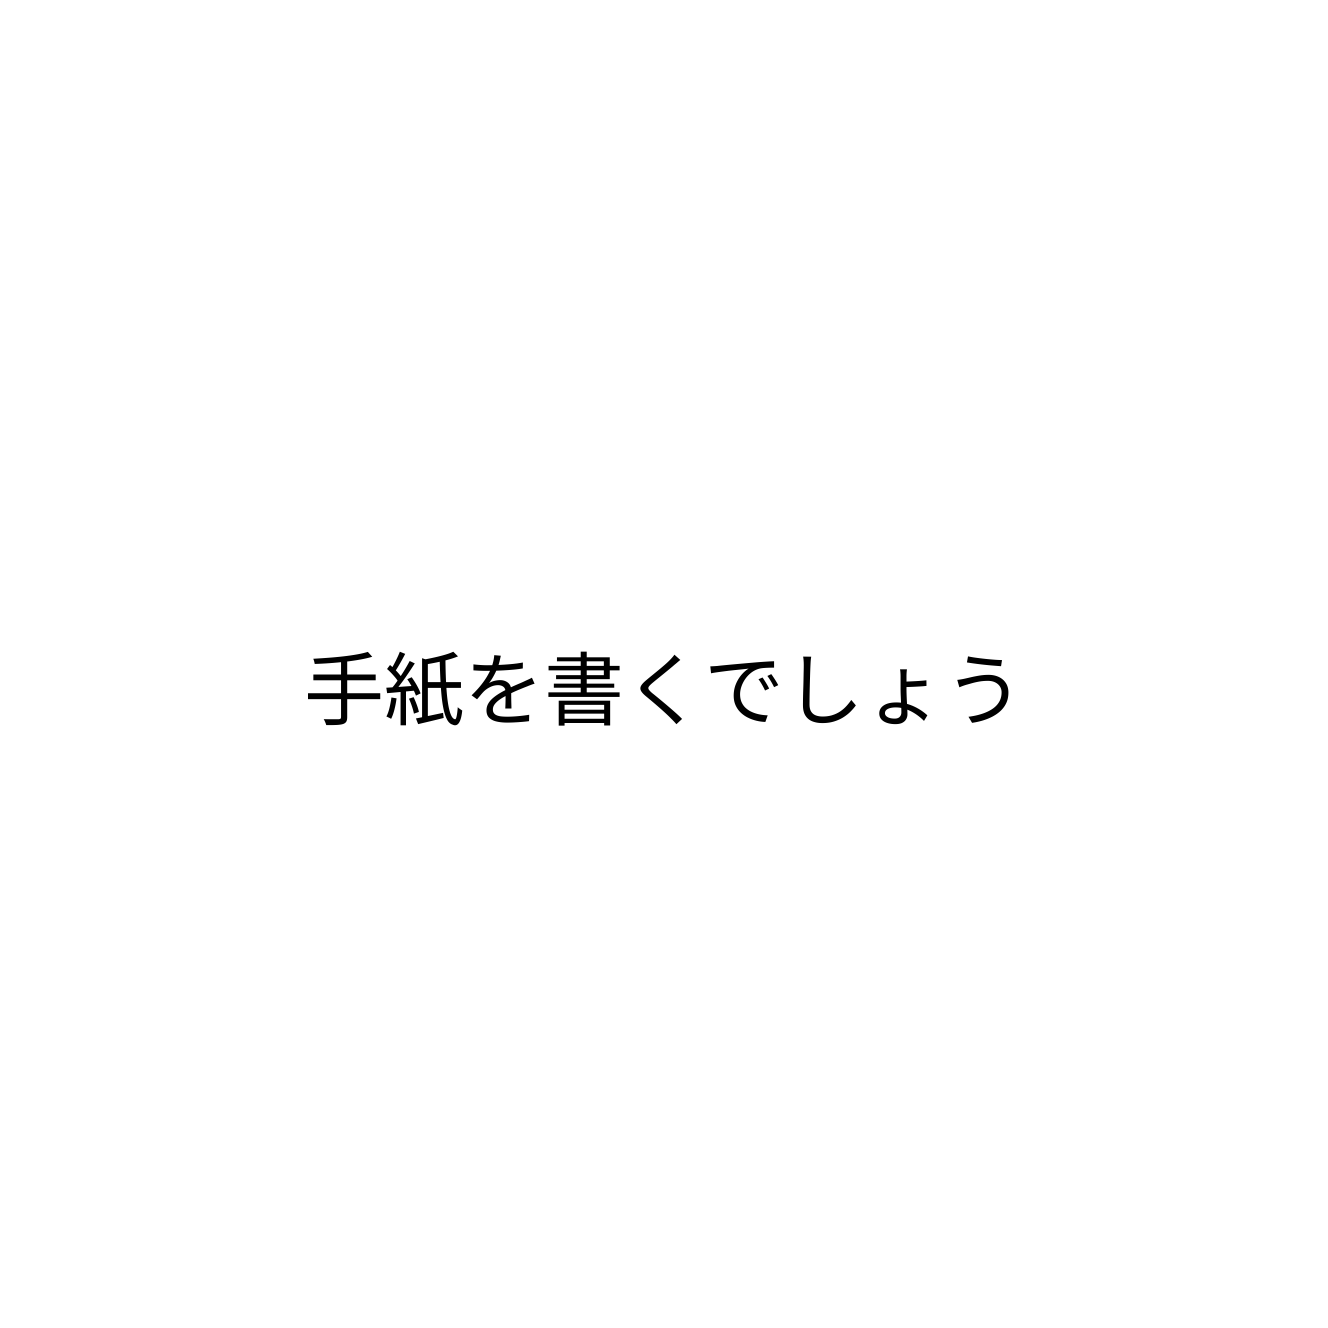
手紙を書くでしょう